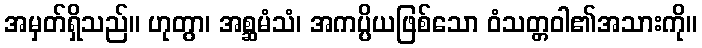
အမှတ်ရှိသည်။ ဟုတွာ၊ အစ္ဆမံသံ၊ အကပ္ပိယဖြစ်သော ဝံသတ္တဝါ၏အသားကို။